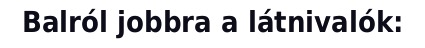
Balról jobbra a látnivalók: